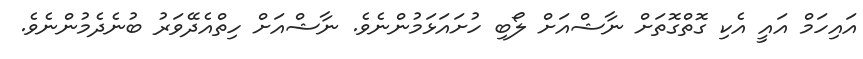
އައިހަމް އައީ އެކި ގޮތްގޮތަށް ނާޝްއަށް ލޯބި ހުށައަޅަމުންނެވެ. ނާޝްއަށް ހިތްއެދޭވަރު ބުނެދެމުންނެވެ.